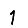
Digit: 1